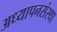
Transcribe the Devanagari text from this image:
अध्यापनसंस्था